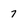
Character: 7